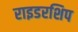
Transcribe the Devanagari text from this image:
राइडरशिप